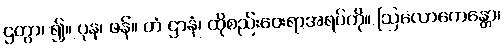
ဌတွာ၊ ၍။ ပုန၊ ဖန်။ တံ ဌာနံ၊ ထိုစည်းဝေးရာအရပ်ကို။ ဩလောကေန္တော၊